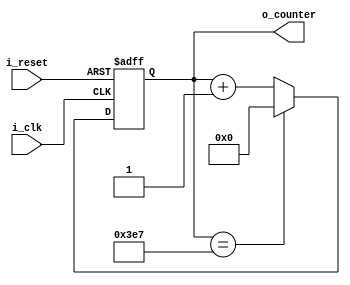
`timescale 1ns / 1ps
//////////////////////////////////////////////////////////////////////////////////
// Company: 
// Engineer: 
// 
// Design Name: 
// Module Name: clock_counter
// Project Name: 
// Target Devices: 
// Tool Versions: 
// Description: 
// 
// Dependencies: 
// 
// Revision:
// Revision 0.01 - File Created
// Additional Comments:
// 
//////////////////////////////////////////////////////////////////////////////////


module clock_counter(
    input i_clk, i_reset,
    output [9:0] o_counter
    );

    reg [9:0] r_counter = 0;
    assign o_counter = r_counter;

    always @(posedge i_clk or posedge i_reset) begin
        if(i_reset) begin
            r_counter <= 0;
        end
        else begin
            if(r_counter == 999) begin
                r_counter <= 0;
            end
            else r_counter <= r_counter + 1;
        end
    end
endmodule